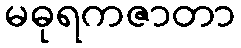
မဓုရကဇာတာ